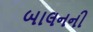
બાલનની